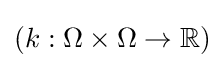
(k:\Omega \times \Omega \to \mathbb {R} )